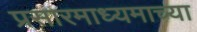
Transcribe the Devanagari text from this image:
प्रसारमाध्‍यमाच्‍या